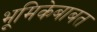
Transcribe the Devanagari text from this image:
भूमिकेबाबत